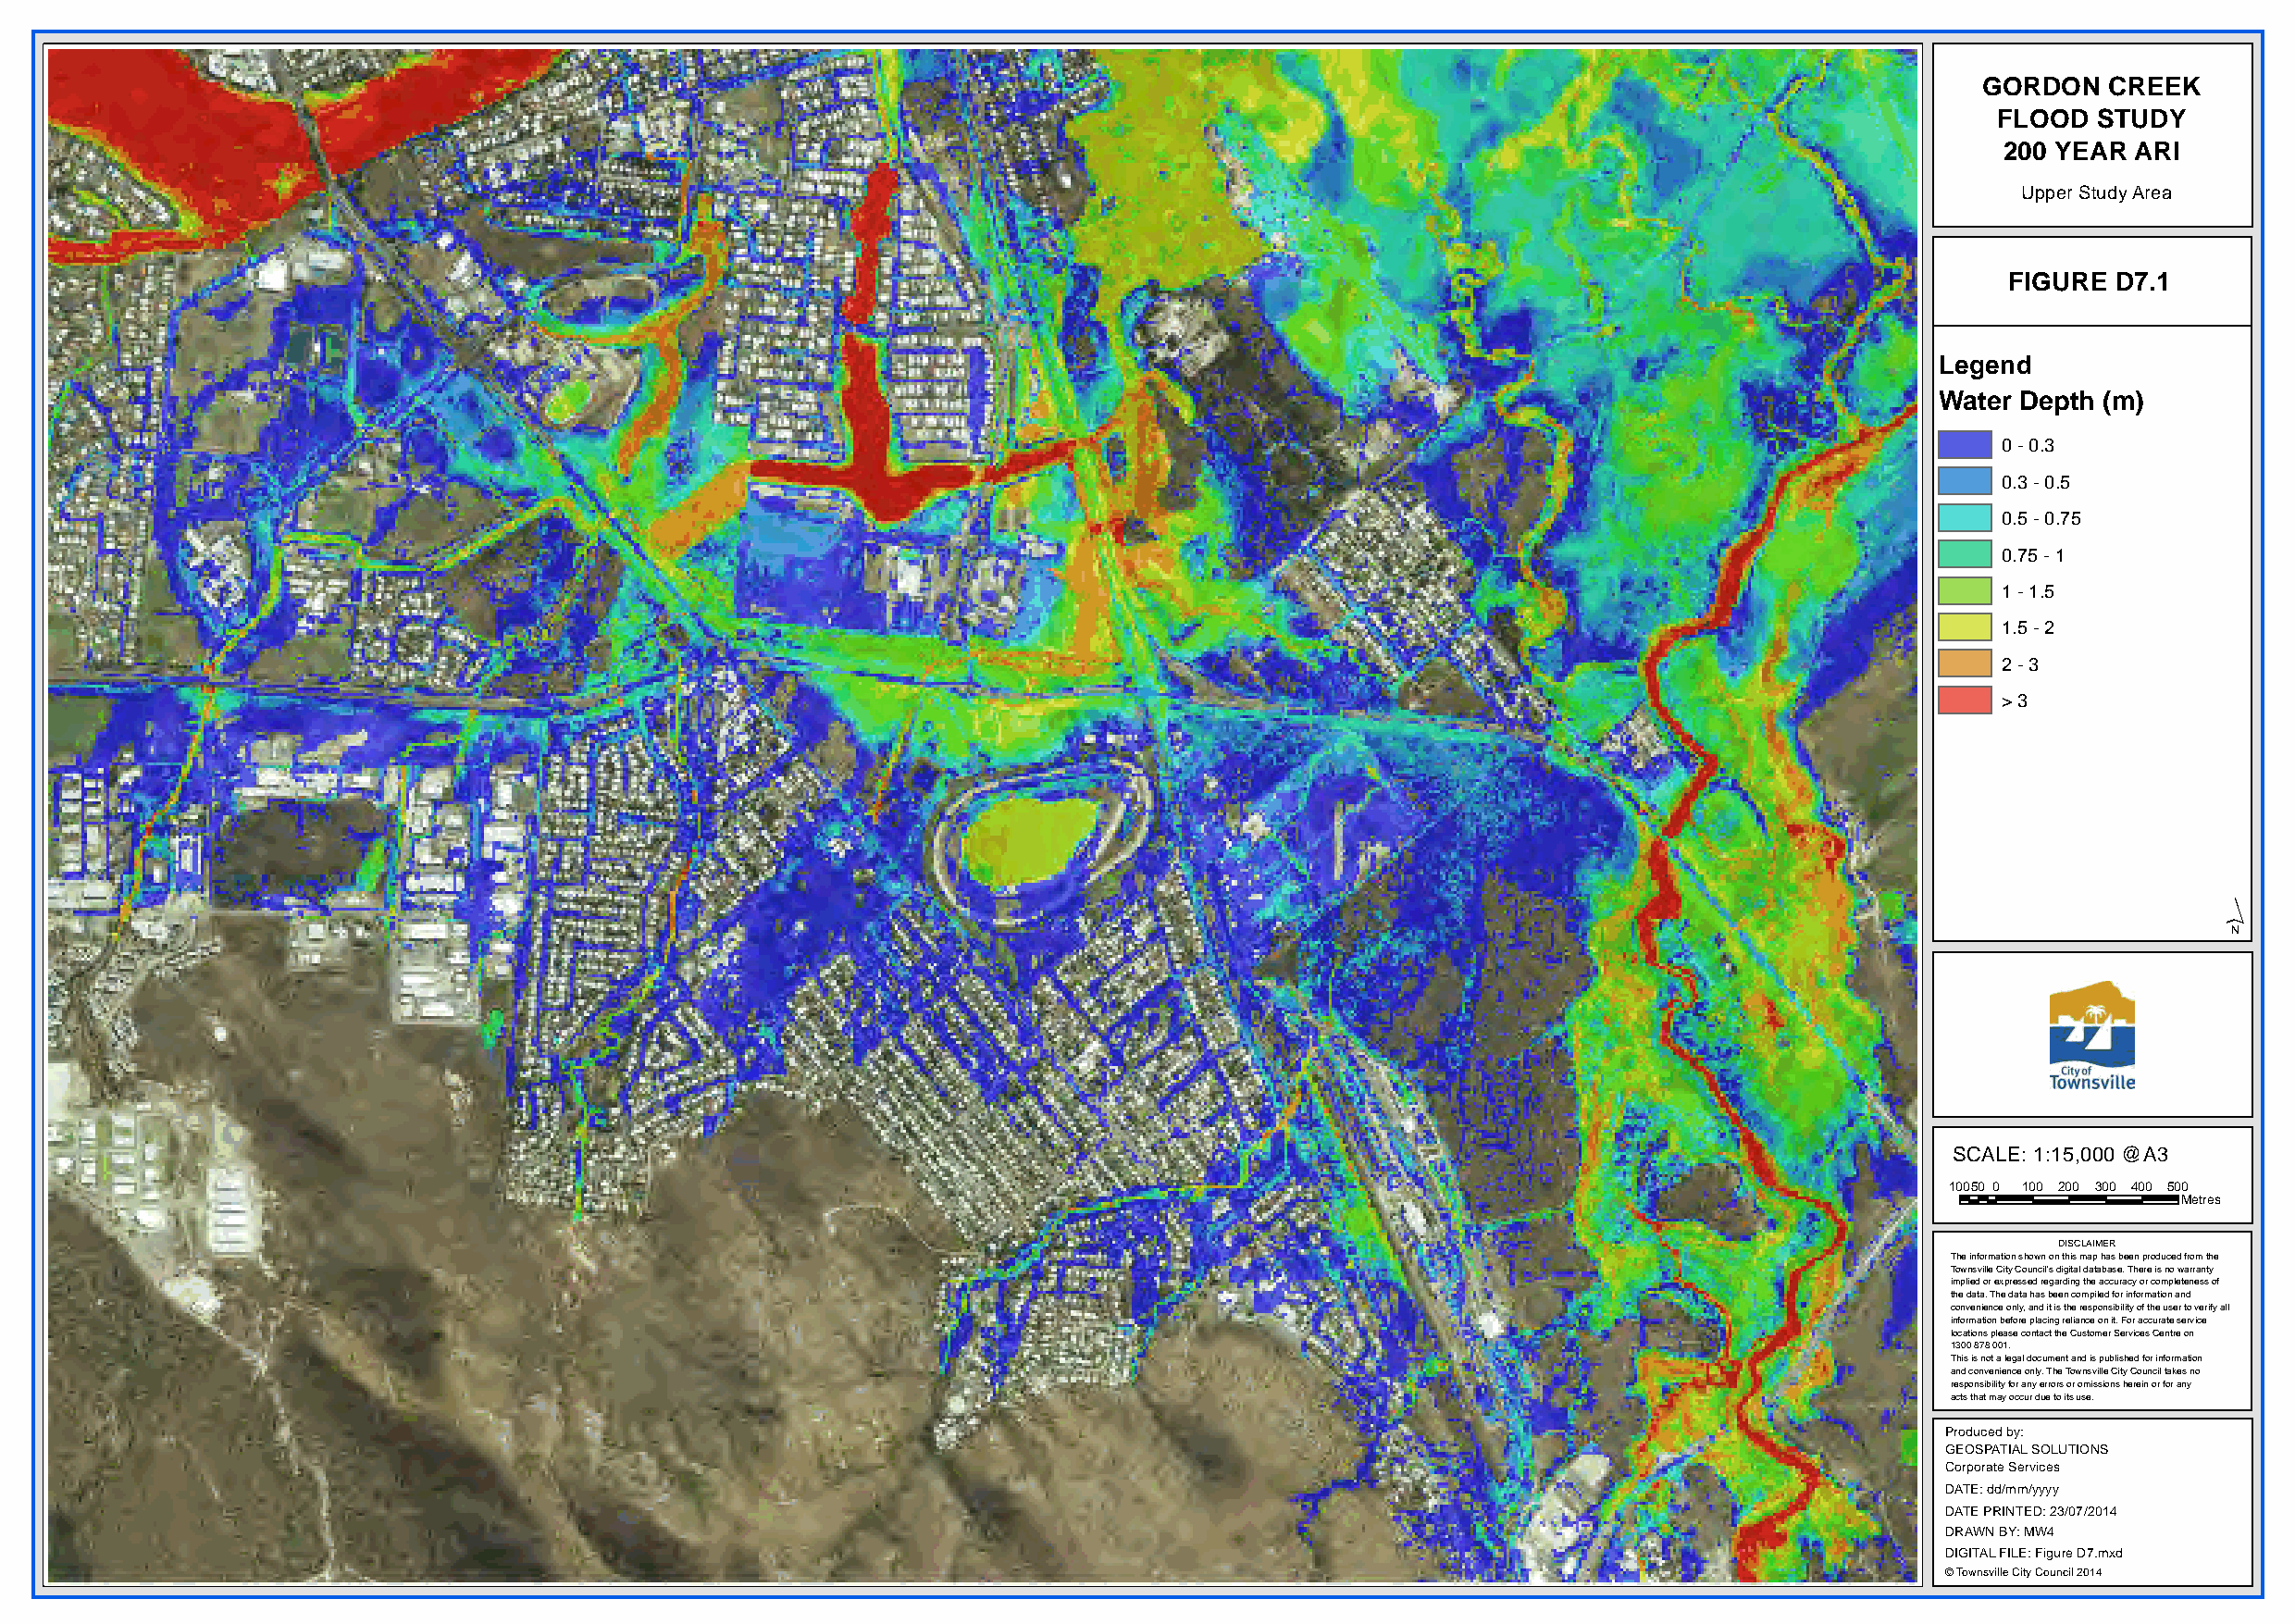
GORDON   CREEK
 FLOOD  STUDY
 200 YEAR  ARI
 Upper Study Area
 FIGURE D7.1
 Legend
 Water Depth (m)
 0 - 0.3
 0.3 - 0.5
 0.5 - 0.75
 0.75 - 1
 1 - 1.5
 1.5 - 2
 2 - 3
 > 3
 ´
 SCALE: 1:15,000 @A3
 10050 0 100 200 300 400 500
 Metres
 DISCLAIMER
 The information shown on this map has been produced from the
 Townsville City Council's digital database. There is no warranty
 implied or expressed regarding the accuracy or completeness of
 the data. The data has been compiled for information and
 convenience only, and it is the responsibility of the user to verify all
 information before placing reliance on it. For accurate service
 locations please contact the Customer Services Centre on
 1300 878 001.
 This is not a legal document and is published for information
 and convenience only. The Townsville City Council takes no
 responsibility for any errors or omissions herein or for any
 acts that may occur due to its use.
 Produced by:
 GEOSPATIAL SOLUTIONS
 Corporate Services
 DATE: dd/mm/yyyy
 DATE PRINTED: 23/07/2014
 DRAWN BY: MW4
 DIGITAL FILE: Figure D7.mxd
 © Townsville City Council 2014